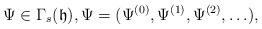
LaTeX: \begin{align*}\Psi \in \Gamma_s(\mathfrak{h}), \Psi = (\Psi^{(0)}, \Psi^{(1)}, \Psi^{(2)}, \ldots),\end{align*}